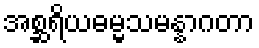
အစ္ဆရိယဓမ္မသမန္နာဂတာ